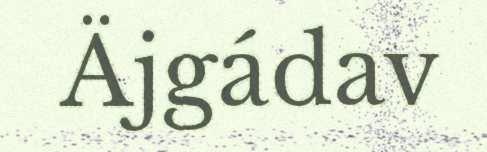
Äjgádav